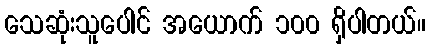
သေဆုံးသူပေါင် အယောက် ၁၀၀ ရှိပါတယ်။